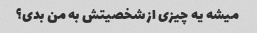
میشه یه چیزی از شخصیتش به من بدی؟